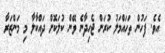
އެވެ. ފަހުން ތަހައްމަލު ކުރަން ޖެހިދާނެ ވޭން ކުލަކޮށް ދައްކާލާ މި މަންޒަރާ